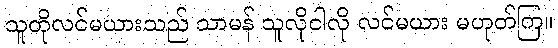
သူတိုလင်မယားသည် သာမန် သူလိုငါလို လင်မယား မဟုတ်ကြ။